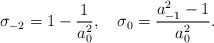
LaTeX: \begin{align*}\sigma_{-2}=1-\frac{1}{a_0^2}, \quad\sigma_0=\frac{a_{-1}^2-1}{a_0^2} .\end{align*}